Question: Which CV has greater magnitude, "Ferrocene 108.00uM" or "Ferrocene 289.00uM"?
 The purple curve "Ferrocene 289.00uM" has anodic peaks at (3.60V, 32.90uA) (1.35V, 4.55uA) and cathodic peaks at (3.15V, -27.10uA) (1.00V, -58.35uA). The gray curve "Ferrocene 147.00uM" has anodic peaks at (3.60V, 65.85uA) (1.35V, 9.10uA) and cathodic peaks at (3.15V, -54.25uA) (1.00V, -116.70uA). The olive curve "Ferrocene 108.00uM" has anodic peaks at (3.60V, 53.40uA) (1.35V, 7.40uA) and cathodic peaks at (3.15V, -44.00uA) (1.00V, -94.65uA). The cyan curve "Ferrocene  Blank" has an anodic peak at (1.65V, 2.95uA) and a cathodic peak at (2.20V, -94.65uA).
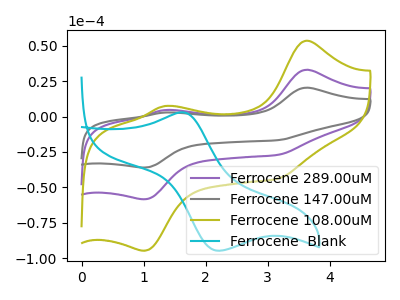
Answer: <think>All the peaks in "Ferrocene 108.00uM" have a peak in "Ferrocene 289.00uM" at the same potential. Every peak in "Ferrocene 108.00uM" is higher than every peak in "Ferrocene 289.00uM".
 </think>
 <answer>"Ferrocene 108.00uM" has more signal than "Ferrocene 289.00uM".</answer>
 <eval>more_signal</eval>